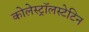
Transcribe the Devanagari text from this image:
कोलेस्ट्रॉलस्टेटिन